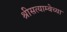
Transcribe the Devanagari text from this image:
श्रीसत्याम्बेच्या